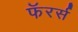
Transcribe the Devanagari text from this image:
फॅरर्स